system: You are a helpful assistant.
user:
Analyze the provided spectrum to determine if it is a **"Cataclysmic Variables (CV)"**.

- **Key Indicators for CV (Check for either state):**
    - **State 1: Quiescent / Low-State (Emission-Dominated)**
        - **(Primary):** Strong and *very broad* Hydrogen Balmer emission lines (e.g., $H\alpha$ at 6563 Å, $H\beta$ at 4861 Å). The 'broadness' (high velocity dispersion, often FWHM > 1000 km/s) is the key diagnostic, indicating a high-velocity accretion disk.
        - **(Secondary):** Broad neutral Helium (He I) emission lines (e.g., 5876 Å, 6678 Å).
        - **(Key Confirmation):** Presence of high-excitation *ionized* Helium (He II) emission at 4686 Å. This is a strong indicator of accretion onto a white dwarf.
        - **(Line Profile):** Emission lines may exhibit a 'double-peaked' profile, which is a classic signature of a rotating accretion disk viewed at high inclination.

    - **State 2: Outburst / High-State (Absorption-Dominated)**
        - **(Primary):** Spectrum is dominated by a bright, blue continuum (looks like a hot star).
        - **(Secondary):** The emission lines from State 1 are weak, absent, or 'filled in', and are replaced by broad, shallow *absorption* lines (primarily Balmer and He I).
        - **(Morphology):** The overall spectrum mimics a hot B/A-type star. The crucial difference is that the absorption lines are significantly broader, shallower, and more 'washed-out' (or 'smeared') than the sharp lines of a normal stellar photosphere, due to high rotational speeds and pressure broadening in the disk.

Think first, call **spectral_visualization_tool** if needed to examine features in detail, then provide your final answer. Your response must adhere to the following strict rules:
1.  **Overall Structure:** Your response must follow the format `<think>...</think> <tool_call>...</tool_call> (if a tool is used) <answer>...</answer>`.
2.  **Tool Usage Constraint:** You may only make **one** tool call per turn.
3.  **Final Answer Format:** In the `<answer>` tag, your conclusion must be inside a `\boxed{}` command (e.g., `\boxed{YES}`), followed by your justification.

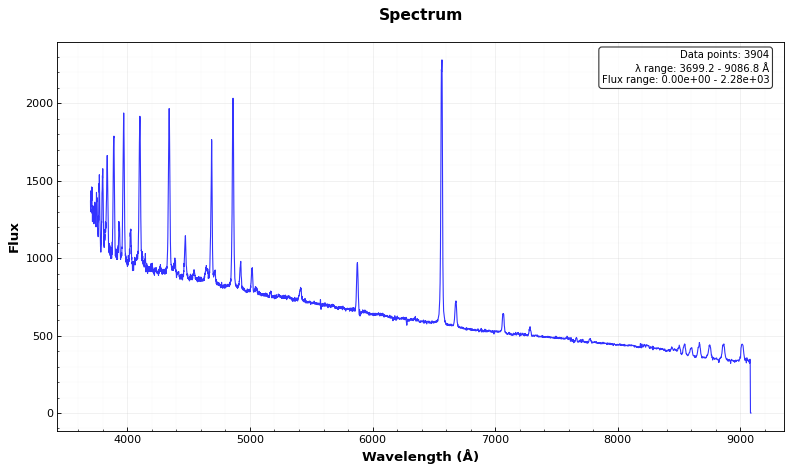
Answer: YES